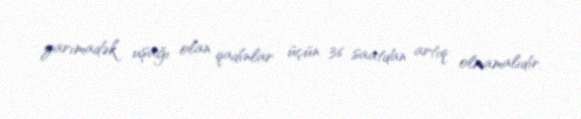
yarımadək uşağı olan qadınlar üçün 36 saatdan artıq olmamalıdır.